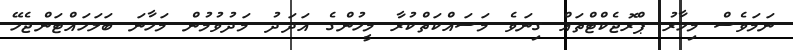
ނަމަވެސް މިހާރު ޕްރޮޖެކްޓްތައް ގިނަވެ މަސައްކަތްކުރާ މީހުންގެ އަދަދު މަދުވުމުން މަހާނަ ބަލަހައްޓަންޖެހޭ